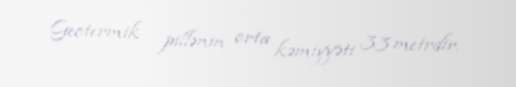
Geotermik pillənin orta kəmiyyəti 33 metrdir.